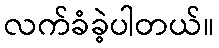
လက်ခံခဲ့ပါတယ်။